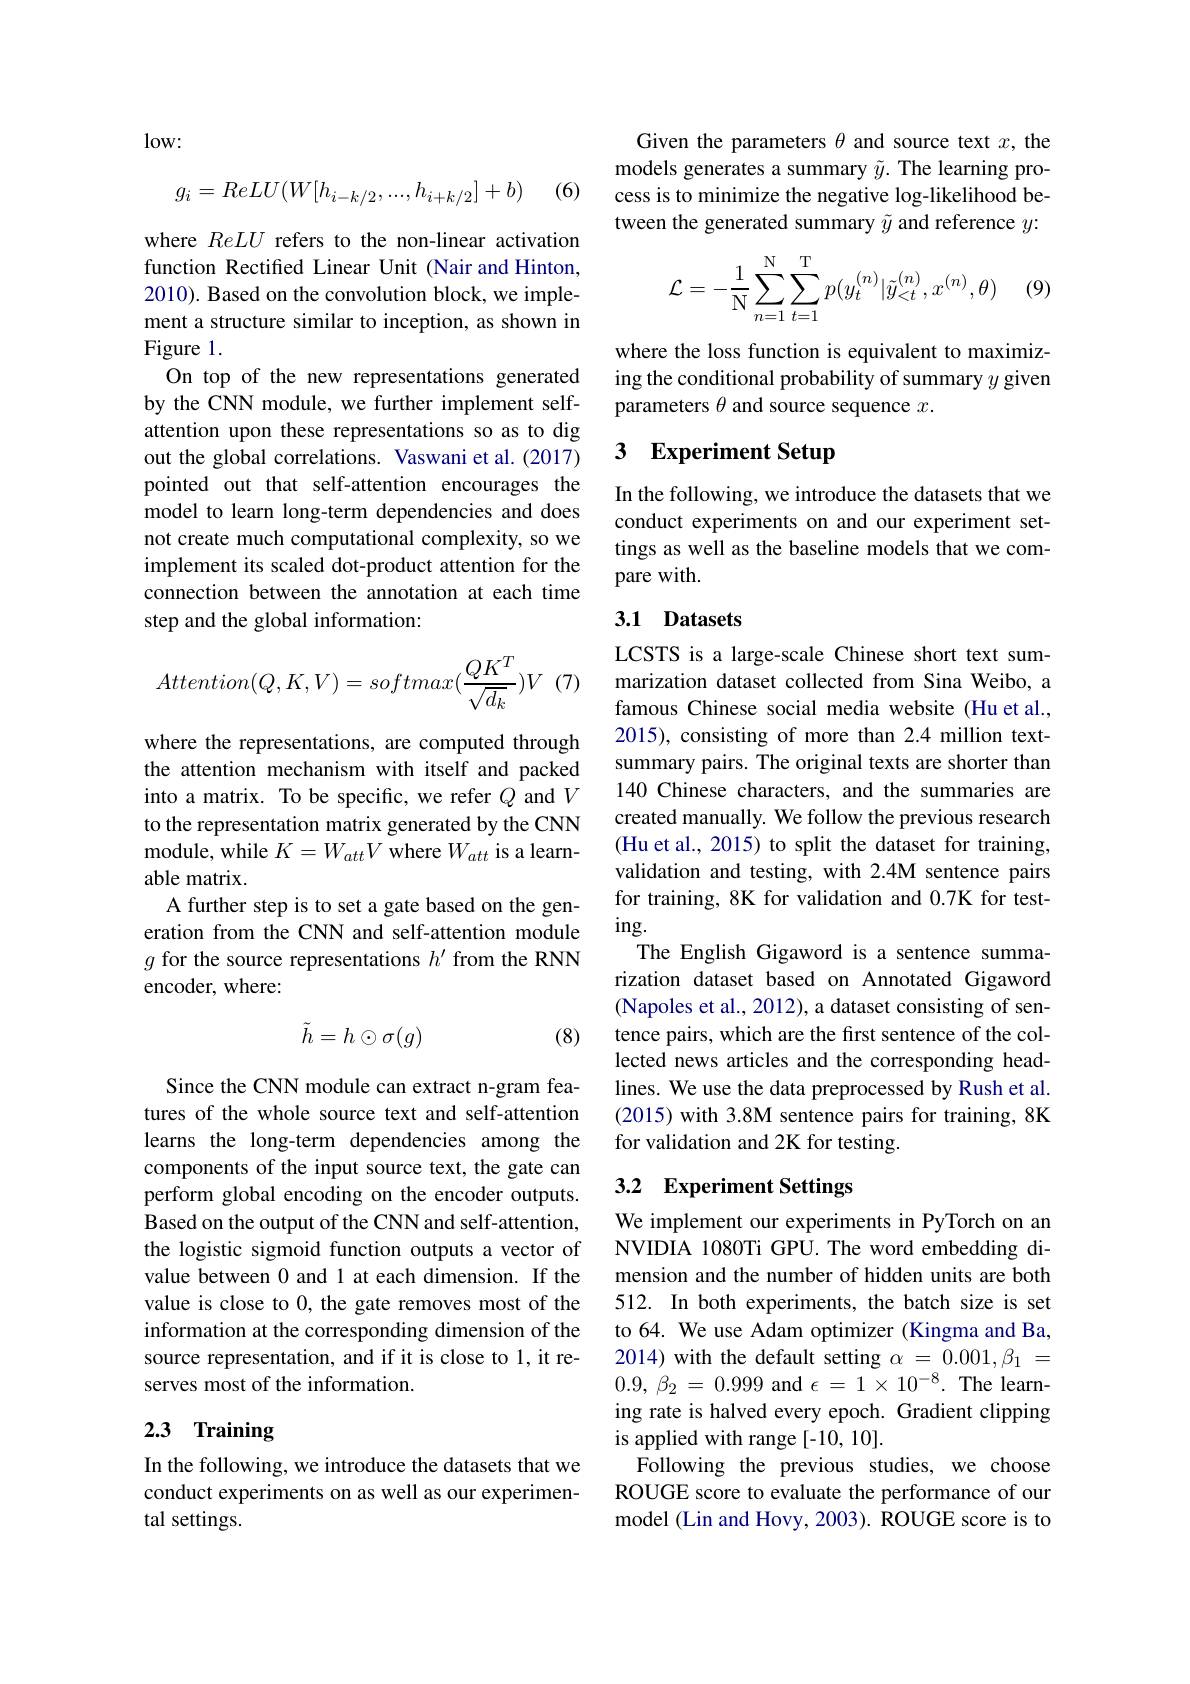
$low:$

(6)
$$g_i=ReLU(W[h_{i-k/2},...,h_{i+k/2}]+b)$$
where ReLU refers to the non-linear activation function Rectifed Linear Unit (Nair and Hinton, 2010). Based on the convolution block, we implement a structure similar to inception, as shown in Figure 1.
On top of the new representations generated by the CNN module, we further implement selfattention upon these representations so as to dig out the global correlations. Vaswani et al. (2017) pointed out that self-attention encourages the model to learn long-term dependencies and does not create much computational complexity, so we implement its scaled dot-product attention for the connection between the annotation at each time step and the global information:

(7)
$$Attention(Q,K,V)=softmax(\frac{QK^T}{\sqrt{d_k}})V$$
where the representations, are computed through the attention mechanism with itself and packed into a matrix. To be specific, we refer $Q$ and $V$ to the representation matrix generated by the CNN module, while $K=W_attV$ where $W_att$ is a learnable matrix.
A further step is to set a gate based on the generation from the CNN and self-attention module $g$ for the source representations $h^\prime$ from the RNN encoder, where:
$$\tilde{h}=h\odot\sigma(g)$$
(8)

Since the CNN module can extract n-gram features of the whole source text and self-attention learns the long-term dependencies among the components of the input source text, the gate can perform global encoding on the encoder outputs. Based on the output of the CNN and self-attention, the logistic sigmoid function outputs a vector of value between 0 and 1 at each dimension. If the value is close to 0, the gate removes most of the information at the corresponding dimension of the source representation, and if it is close to 1, it reserves most of the information.

# 2.3 Training

In the following, we introduce the datasets that we conduct experiments on as well as our experimental settings.

Given the parameters $\theta$ and source text $x$, the models generates a summary $\tilde{y}.$ The learning process is to minimize the negative log-likelihood between the generated summary $\tilde{y}$ and reference $y:$
$$\mathcal{L}=-\frac{1}{\mathrm N}\sum\limits_{n=1}^{\mathrm N}\sum\limits_{t=1}^{\mathrm T}p(y_t^{(n)}|\tilde{y}_{<t}^{(n)},x^{(n)},\theta)$$
(9)

where the loss function is equivalent to maximizing the conditional probability of summary $y$ given parameters $\theta$ and source sequence $x.$

### 3 $\textbf{Experiment Setup}$

In the following, we introduce the datasets that we conduct experiments on and our experiment settings as well as the baseline models that we compare with.

## 3.1 Datasets

LCSTS is a large-scale Chinese short text summarization dataset collected from Sina Weibo, a famous Chinese social media website (Hu et al., 2015), consisting of more than 2.4 million textsummary pairs. The original texts are shorter than 140 Chinese characters, and the summaries are created manually. We follow the previous research (Hu et al., 2015) to split the dataset for training, validation and testing, with 2.4M sentence pairs for training, 8K for validation and 0.7K for test- $ing.$
The English Gigaword is a sentence summarization dataset based on Annotated Gigaword (Napoles et al., 2012), a dataset consisting of sentence pairs, which are the first sentence of the collected news articles and the corresponding headlines. We use the data preprocessed by Rush et al. (2015) with 3.8M sentence pairs for training, 8K for validation and 2K for testing.

## 3.2 Experiment Settings

We implement our experiments in PyTorch on an NVIDIA 1080Ti GPU. The word embedding dimension and the number of hidden units are both 512. In both experiments, the batch size is set to 64. We use Adam optimizer (Kingma and Ba, 2014) with the default setting $\alpha=0.001,\beta_{1}=$ 0.9, $\beta _{2}$ = 0.999 and $\epsilon$ = $1\times$ $10^{- 8}.$ The learning rate is halved every epoch. Gradient clipping is applied with range [-10, 10].
Following the previous studies, we choose ROUGE score to evaluate the performance of our model (Lin and Hovy, 2003). ROUGE score is to